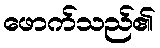
ဖောက်သည်၏